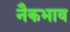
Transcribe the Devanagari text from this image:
नैकभाव